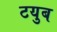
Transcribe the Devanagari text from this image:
टयुब